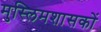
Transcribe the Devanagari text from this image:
मुस्लिमशासकों